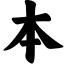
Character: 本